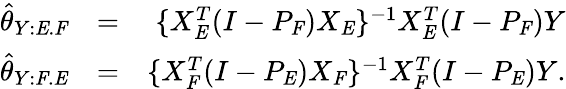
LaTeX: \begin{array}{rlr}{\hat{\theta}_{Y:\mathit{E}.\mathit{F}}}&{=}&{\{ X_{\mathit{E}}^{T}(I-P_{\mathit{F}})X_{\mathit{E}}\} ^{-1}X_{\mathit{E}}^{T}(I-P_{\mathit{F}})Y}\\ {\hat{\theta}_{Y:\mathit{F}.\mathit{E}}}&{=}&{\{ X_{\mathit{F}}^{T}(I-P_{\mathit{E}})X_{\mathit{F}}\} ^{-1}X_{\mathit{F}}^{T}(I-P_{\mathit{E}})Y.}\end{array}